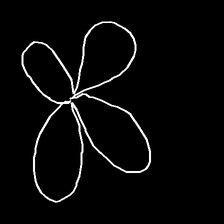
Glyph: billowing